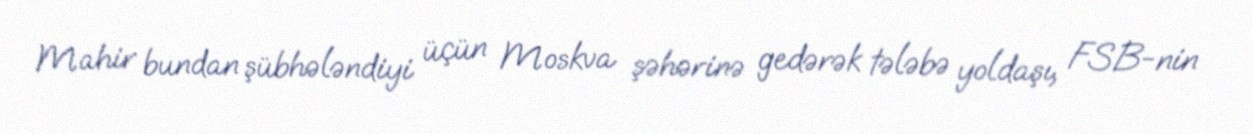
Mahir bundan şübhələndiyi üçün Moskva şəhərinə gedərək tələbə yoldaşı, FSB-nin